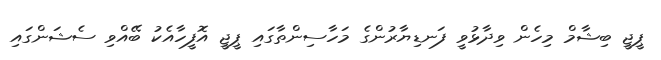
ޕީޖީ ބިޝާމް މިހެން ވިދާޅުވީ ފަނޑިޔާރުންގެ މަހާސިންތާގައި ޕީޖީ އޮފީހާއެކު ބޭއްވި ސެޝަންގައި